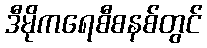
ဒီမိုကရေစီစနစ်တွင်